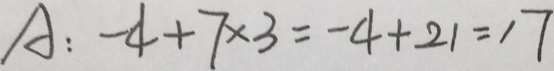
A : - 4 + 7 \times 3 = - 4 + 2 1 = 1 7